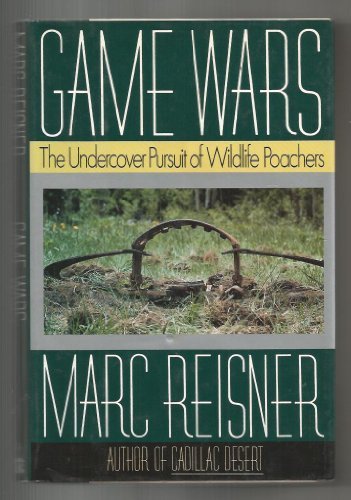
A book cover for Game Wars: The Undercover Pursuit of Wildlife Poachers; Marc Reisner; Science & Math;